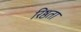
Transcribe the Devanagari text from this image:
रिष्ठता